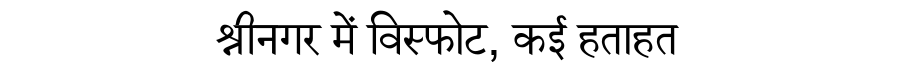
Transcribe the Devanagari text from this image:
श्रीनगर में विस्फोट, कई हताहत